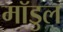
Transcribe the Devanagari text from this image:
मॉडुल